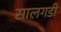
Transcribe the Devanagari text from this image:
सालगडी